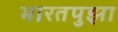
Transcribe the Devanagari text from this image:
भारतपुझा